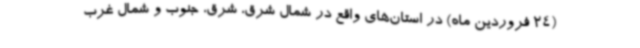
(24 فروردین ماه) در استان‌های واقع در شمال شرق، شرق، جنوب و شمال غرب